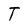
Character: T